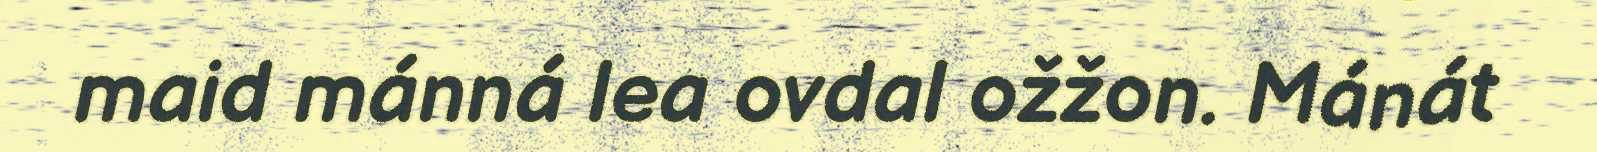
maid mánná lea ovdal ožžon. Mánát